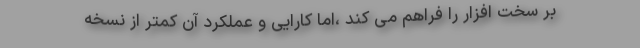
بر سخت افزار را فراهم می کند ،اما کارایی و عملکرد آن کمتر از نسخه